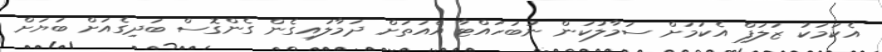
އެކަމަކު ޒަލަފް އެކަމަށް ސަމާލުކަން ނުބަހައްޓާ އެއަތަށް ދަމާލައިގެން ގެންގޮސް ބަދިގެއަށް ބަޔަށް